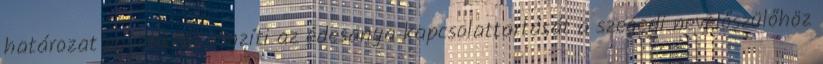
határozat egyébként rögzíti az édesanya kapcsolattartását a szegedi nevelőszülőhöz